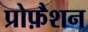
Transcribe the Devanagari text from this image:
प्रोफ़ैशन